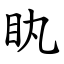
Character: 䀓